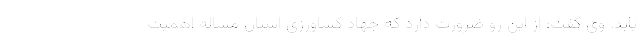
یابد. وی گفت: از این رو ضرورت دارد که جهاد کشاورزی استان مساله اهمیت